Leningradi_Edasi_toimetus, lk 26
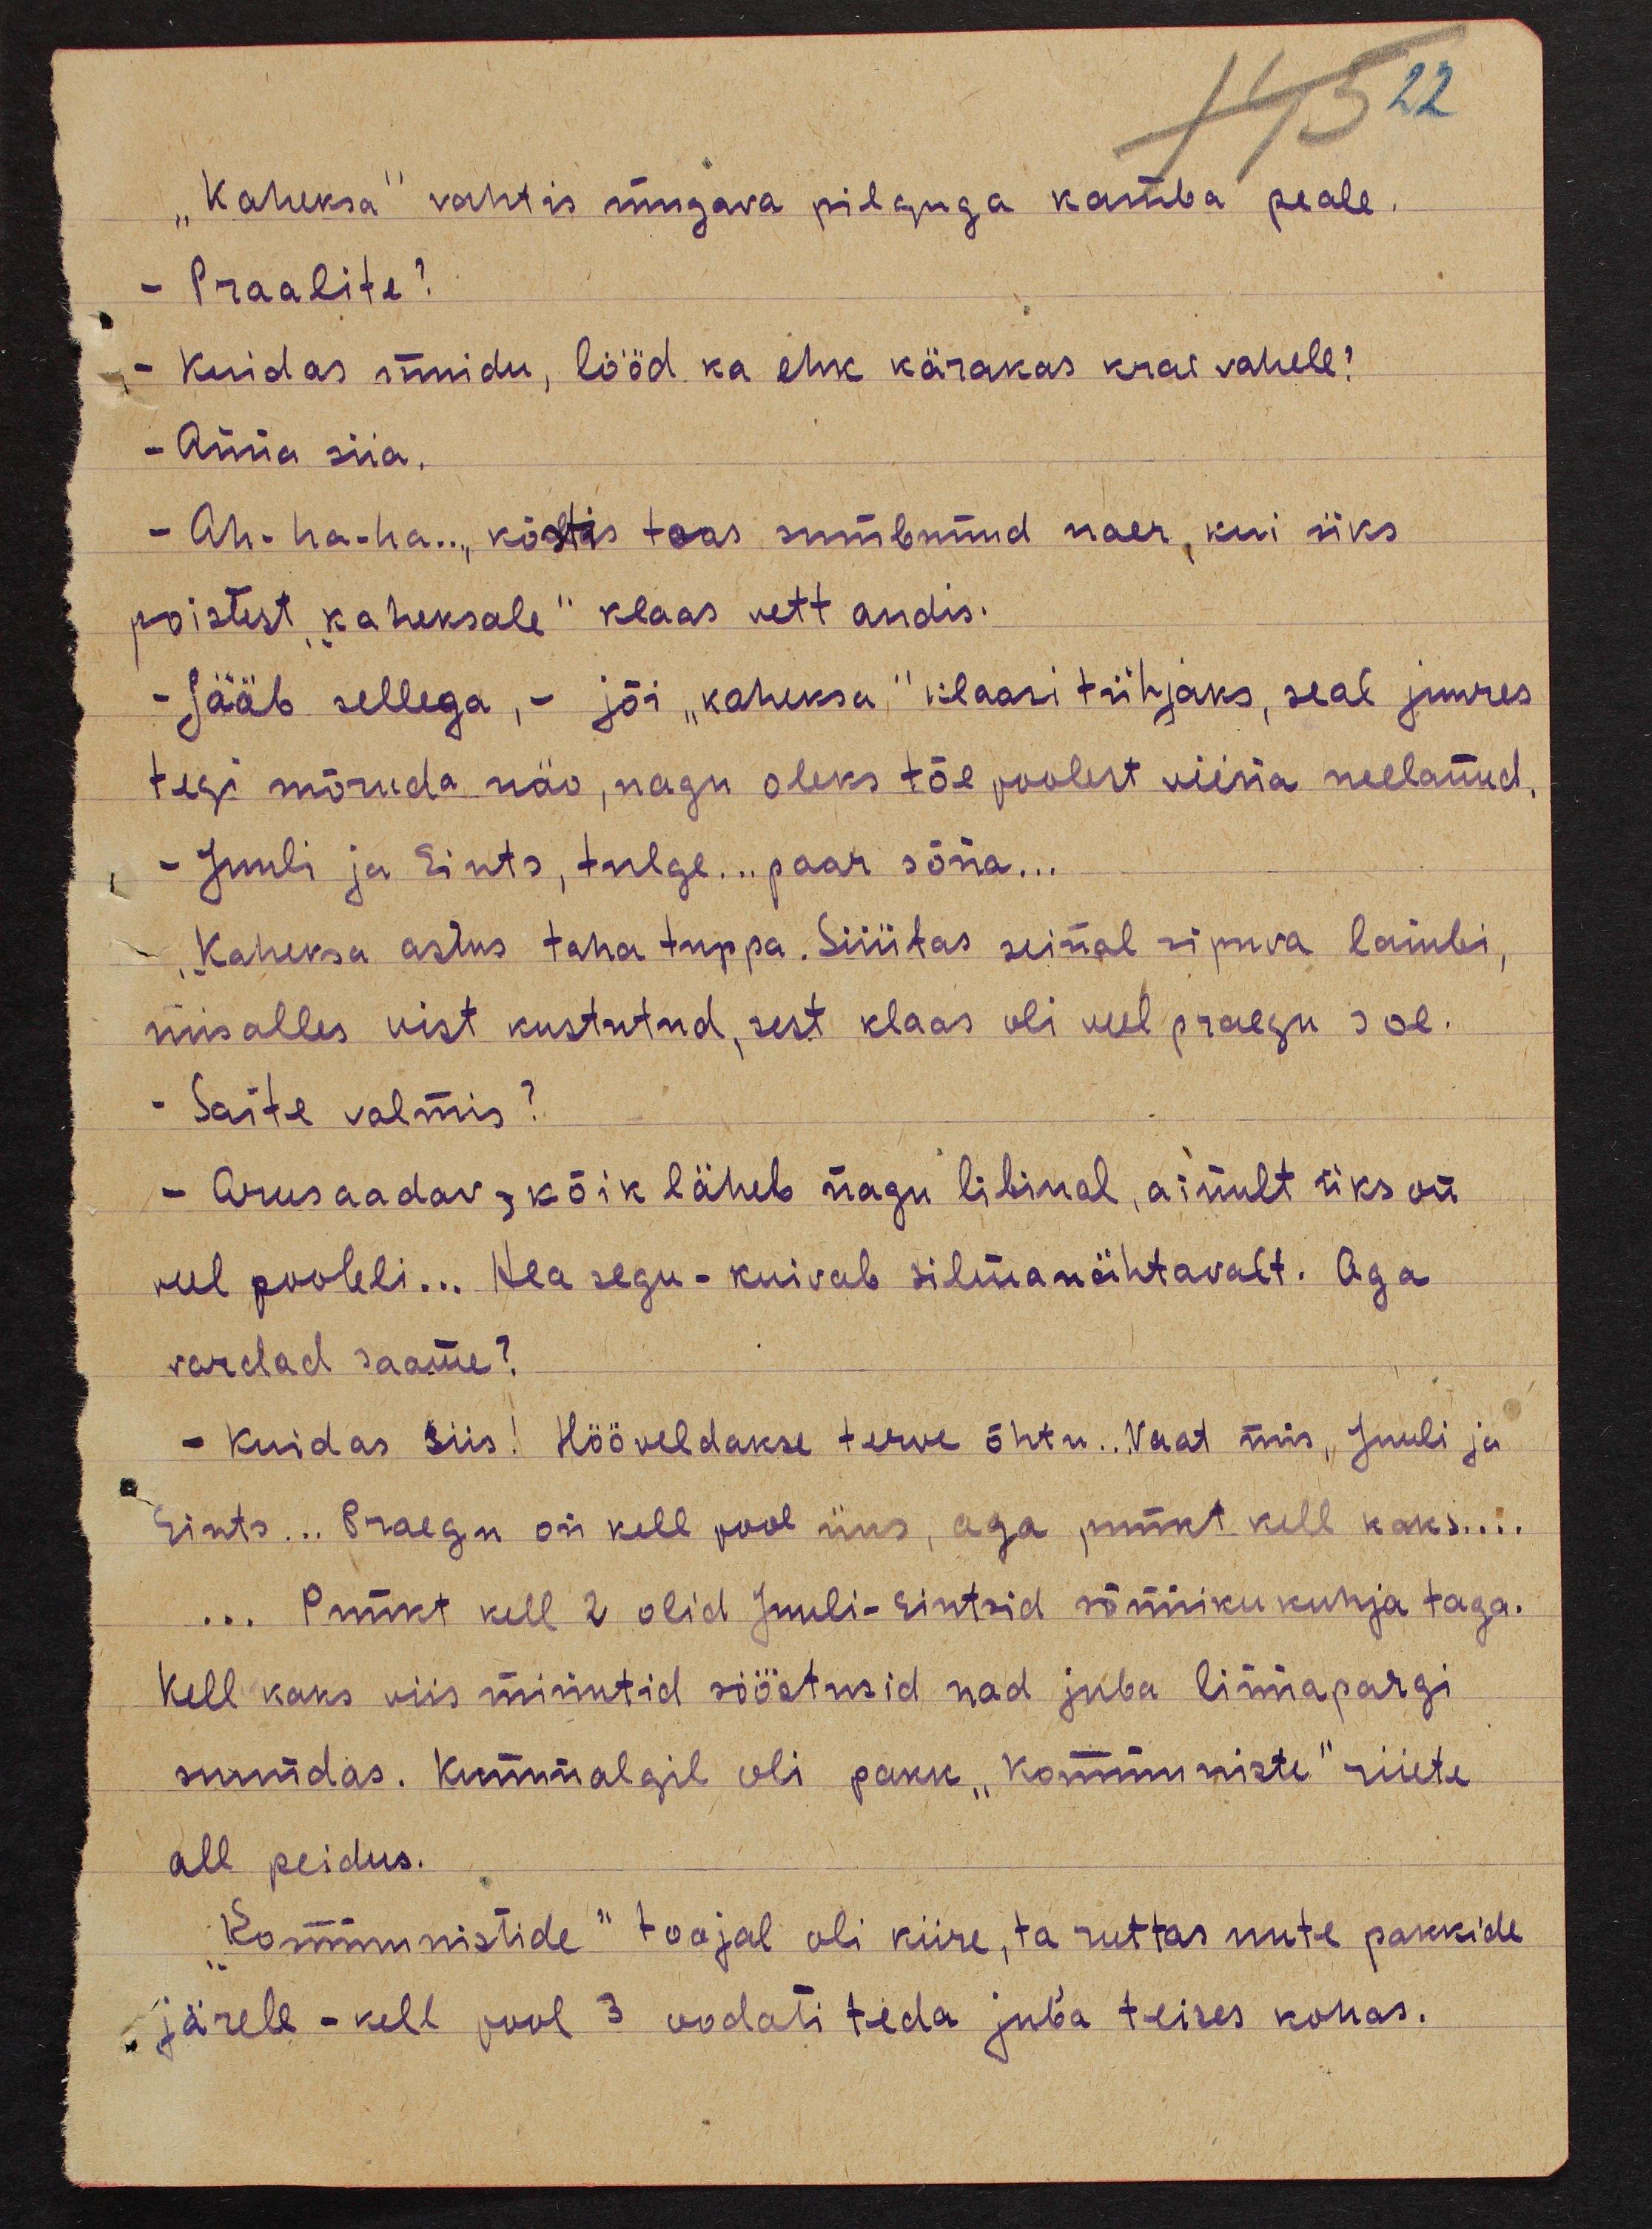
"Kaheksa" vahtis mugava pilguga kamba peale
- Praalite?
- Kuidas muidu, lööd ka ehk kärakas krae vahele?
- Anna siia.
- Ah-ha-ha..., kostis toas sumbunud naer, kui üks
poistest "kaheksale" klaas vett andis.
- Jääb sellega, - jõi "kaheksa" klaasi tühjaks, seal juures
tegi mõruda näo, nagu oleks tõe poolest viina neelanud.
- Juuli ja Eints, tulge... paar sõna...
"Kaheksa astus taha tuppa. Süütas seinal ripuva lambi,
mis alles vist kustutud, sest klaas oli veel praegu soe.
- Saite valmis?
- Arusaadav, kõik läheb nagu libinal, ainult üks on
veel pooleli... Hea segu - kuivab silmnähtavalt. Aga
vardad saame?
- Kuidas siis! Hööveldakse terve õhtu. Vaat mis, Juuli ja
Eints... Praegu on kell pool üks, aga punkt kell kaks...
... Punkt kell 2 olid Juuli-Eintsid sõnniku kuhja taga.
Kell kaks viis minutid sööstusid nad juba linnapargi
suundas. Kummalgil oli pakk "Kommuniste" riiete
all peidus.
"Kommunistide" toojal oli kiire, ta ruttas uute pakkide
järele - kell pool 3 oodati teda juba teises kohas.